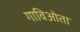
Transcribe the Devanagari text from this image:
गाविओता